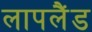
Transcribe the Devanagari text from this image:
लापलैंड